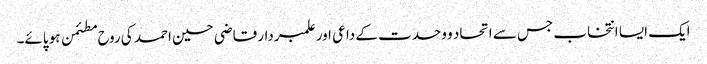
ایک ایسا انتخاب جس سے اتحاد و وحدت کے داعی اور علمبردار قاضی حسین احمد کی روح مطئمن ہو پائے۔